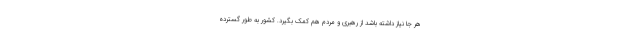
هر جا نیاز داشته باشد از رهبری و مردم هم کمک بگیرد. کشور به طور گسترده